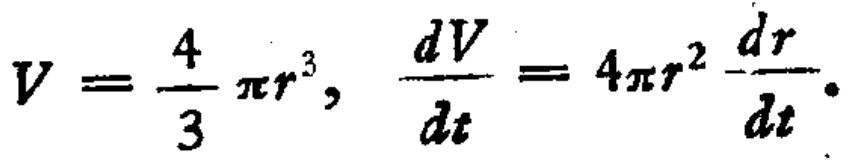
\(V = \frac{4}{3} \pi r^{3}, \frac{dV}{dt} = 4\pi r^{2} \frac{dr}{dt}\)